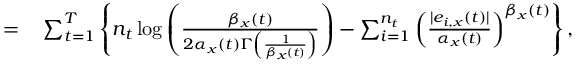
\begin{array} { r l } { = } & { { } \sum _ { t = 1 } ^ { T } \left\{ n _ { t } \log \left( \frac { \beta _ { x } ( t ) } { 2 \alpha _ { x } ( t ) \Gamma \left( \frac { 1 } { \beta _ { x } ( t ) } \right) } \right) - \sum _ { i = 1 } ^ { n _ { t } } \left( \frac { | e _ { i , x } ( t ) | } { \alpha _ { x } ( t ) } \right) ^ { \beta _ { x } ( t ) } \right\} , } \end{array}